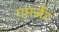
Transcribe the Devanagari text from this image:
एमर्जेंट